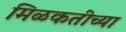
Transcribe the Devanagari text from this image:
मिळकतीच्या